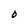
Character: O